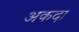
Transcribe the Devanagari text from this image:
अकदा